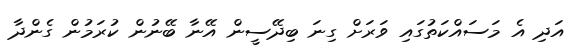
އަދި އެ މަސައްކަތުގައި ވަރަށް ގިނަ ބިދޭސީން އޭނާ ބޭނުން ކުރަމުން ގެންދާ